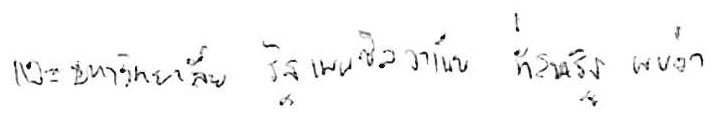
และมหาวิทยาลัยรัฐเพนซิลวาเนีย ที่สหรัฐ พบว่า